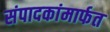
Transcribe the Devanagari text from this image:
संपादकांमार्फत